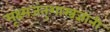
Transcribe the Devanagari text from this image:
सूक्ष्मजंतुशास्त्रज्ञांनी